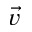
\vec { v }